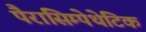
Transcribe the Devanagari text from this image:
पैरासिम्पेथेटिक